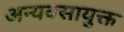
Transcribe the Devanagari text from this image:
अन्यवसायुक्त